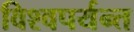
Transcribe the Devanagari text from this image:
विश्वपर्यन्त